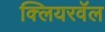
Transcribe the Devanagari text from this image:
क्लियरवॅल